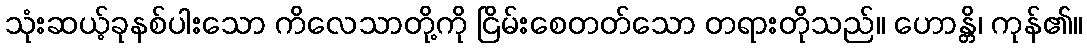
သုံးဆယ့်ခုနစ်ပါးသော ကိလေသာတို့ကို ငြိမ်းစေတတ်သော တရားတိုသည်။ ဟောန္တိ၊ ကုန်၏။